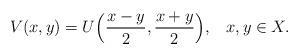
LaTeX: \begin{align*} V(x,y) = U\Bigl(\frac{x-y}{2},\frac{x+y}2\Bigr),\;\;\; x,y\in X.\end{align*}